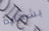
بشهادة